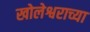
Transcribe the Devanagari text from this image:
खोलेश्वराच्या